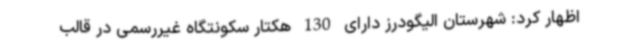
اظهار کرد: شهرستان الیگودرز دارای 130 هکتار سکونتگاه غیررسمی در قالب